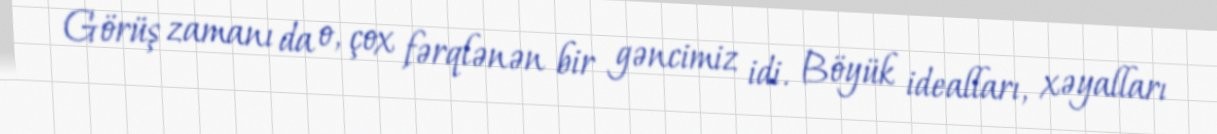
Görüş zamanı da o, çox fərqlənən bir gəncimiz idi. Böyük idealları, xəyalları